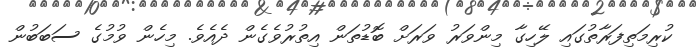
ކުރިމަތިފަރާތުގައި ލޭހިގާ މިންވަރު ވަރަށް ބޮޑުތަން އިތުރުވެގެން ދެއެވެ. މިހެން ވުމުގެ ސަބަބުން